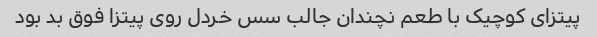
پیتزای کوچیک با طعم نچندان جالب سس خردل روی پیتزا فوق بد بود